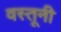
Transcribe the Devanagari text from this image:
वस्तूनी